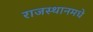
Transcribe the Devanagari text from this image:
राजस्थानमधे